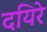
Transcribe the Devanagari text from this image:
दयिरे